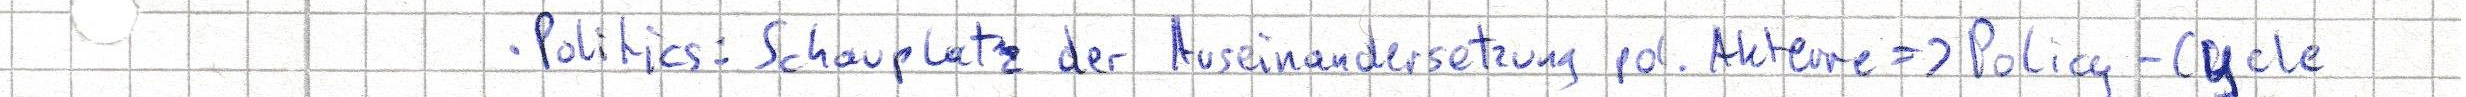
- Politics: Schauplatz der Auseinandersetzung pol. Akteure => Policy-Cycle